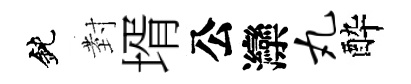
鈍𭔹壻公灤丸酔